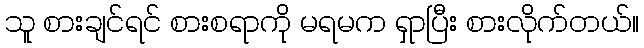
သူ စားချင်ရင် စားစရာကို မရမက ရှာပြီး စားလိုက်တယ်။